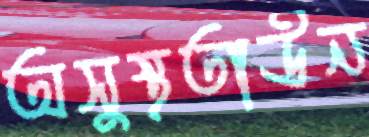
অসুস্থতাউন